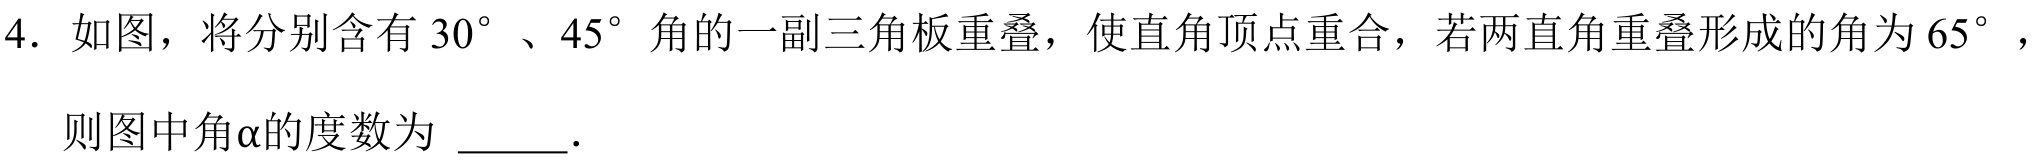
4. 如图，将分别含有\(30^{\circ}\)、\(45^{\circ}\)角的一副三角板重叠，使直角顶点重合，若两直角重叠形成的角为\(65^{\circ}\)，
则图中角\(\alpha\)的度数为  ．